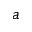
a